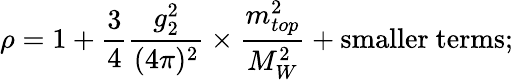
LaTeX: \rho=1+\frac{3}{4}\frac{g_{2}^{2}}{(4\pi)^{2}}\times\frac{m_{top}^{2}}{M_{W}^{2}}+\mathrm{smaller~terms;}